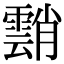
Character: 䨭